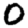
Digit: 0